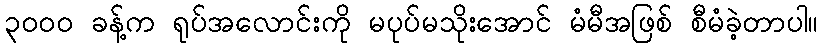
၃၀၀၀ ခန့်က ရုပ်အလောင်းကို မပုပ်မသိုးအောင် မံမီအဖြစ် စီမံခဲ့တာပါ။